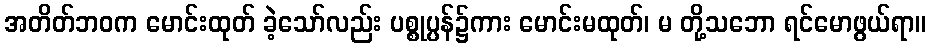
အတိတ်ဘဝက မောင်းထုတ် ခဲ့သော်လည်း ပစ္စုပ္ပန်၌ကား မောင်းမထုတ်၊ မ တို့သဘော ရင်မောဖွယ်ရာ။